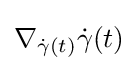
\nabla _{{\dot {\gamma }}(t)}{\dot {\gamma }}(t)